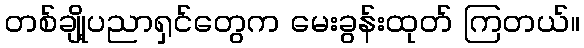
တစ်ချို့ပညာရှင်တွေက မေးခွန်းထုတ် ကြတယ်။